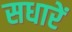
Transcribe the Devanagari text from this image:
सधारें